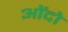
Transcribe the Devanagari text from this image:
ओंदो